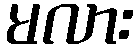
မလား